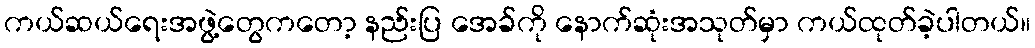
ကယ်ဆယ်ရေးအဖွဲ့တွေကတော့ နည်းပြ အေခ်ကို နောက်ဆုံးအသုတ်မှာ ကယ်ထုတ်ခဲ့ပါတယ်။